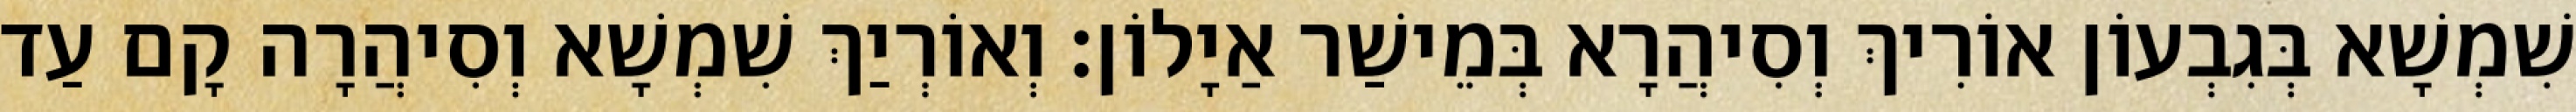
שִׁמְשָׁא בְּגִבְעוֹן אוֹרִיךְ וְסִיהֲרָא בְּמֵישַׁר אַיָלוֹן׃ וְאוֹרְיַךְ שִׁמְשָׁא וְסִיהֲרָה קָם עַד